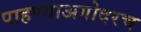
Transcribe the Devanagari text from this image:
पाहण्याअगोदरच